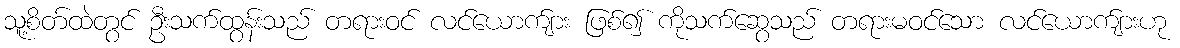
သူ့စိတ်ထဲတွင် ဦးသက်ထွန်းသည် တရားဝင် လင်ယောက်ျား ဖြစ်၍ ကိုသက်ဆွေသည် တရားမဝင်သော လင်ယောက်ျားဟု